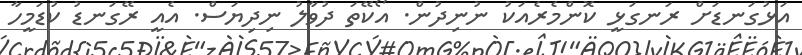
އަޅުގަނޑަށް ރަނގަޅީ ކޮންމެރެއަކު ނުނިދުން. އޯކޭތަ ދުވާލު ނިދިޔަސް. އެއީ ރޭގަނޑު ކުޑަމީހާ